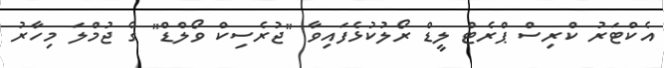
އެކްޓަރު ކްރިސް ޕްރެޓް ލީޑް ރޯލުކުޅެފައިވާ "ޖުރެސިކް ވޯލްޑް" ގެ ޖުމްލަ މިހާރު